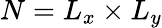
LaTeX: N=L_{x}\times L_{y}